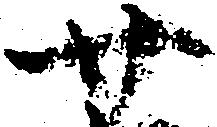
廿